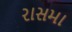
રાસમા